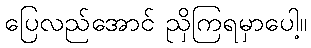
ပြေလည်အောင် ညှိကြရမှာပေါ့။